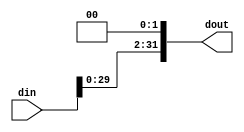
module shiftLeft32(din, dout);
parameter N = 32;
input [N-1:0] din;
output [N-1:0] dout;

assign dout = din << 2;

endmodule